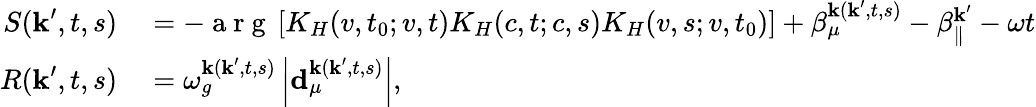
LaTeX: \begin{array}{rl}{S(\textbf{k}^{\prime},t,s)}&{{}=-\mathrm{~a~r~g~}\left[K_{H}(v,t_{0};v,t)K_{H}(c,t;c,s)K_{H}(v,s;v,t_{0})\right]+\beta_{\mu}^{\textbf{k}(\textbf{k}^{\prime},t,s)}-\beta_{\| }^{\textbf{k}^{\prime}}-\omega t}\\ {R(\textbf{k}^{\prime},t,s)}&{{}=\omega_{g}^{\textbf{k}(\textbf{k}^{\prime},t,s)}\left|\textbf{d}_{\mu}^{\textbf{k}(\textbf{k}^{\prime},t,s)}\right|,}\end{array}